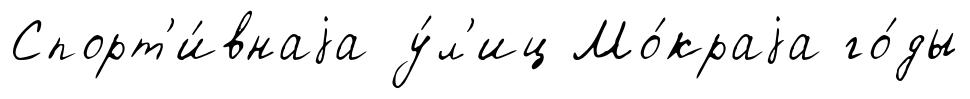
Спорт'и́внаjа у́л'иц Мо́краjа го́ды